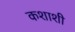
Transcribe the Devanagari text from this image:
कशाशी